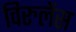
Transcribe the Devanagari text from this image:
विरुलेंस